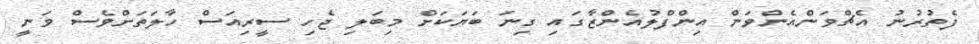
ފެތުރުނު އެޗްވަންއެންވަން އިންފްލުއެންޒާގައި ގިނަ ބަޔަކަށް މިބަލި ޖެހި ސީރިއަސް ހާލަތަށްވެސް ވަނީ